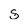
Character: s